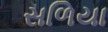
સળિયા